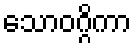
သောဝဂ္ဂိကာ